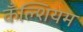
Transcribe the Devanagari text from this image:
कँल्शियम